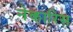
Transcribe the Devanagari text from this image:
नेकारिस